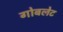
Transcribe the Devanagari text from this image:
गोबलेट